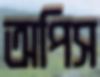
অপিস